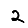
Digit: 2